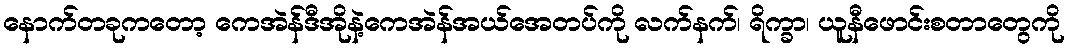
နောက်တခုကတော့ ကေအဲန်ဒီအိုနဲ့ကေအဲန်အယ်အေတပ်ကို လက်နက်၊ ရိက္ခာ၊ ယူနီဖောင်းစတာတွေကို